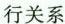
行关系